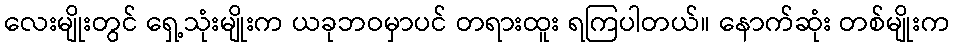
လေးမျိုးတွင် ရှေ့သုံးမျိုးက ယခုဘဝမှာပင် တရားထူး ရကြပါတယ်။ နောက်ဆုံး တစ်မျိုးက